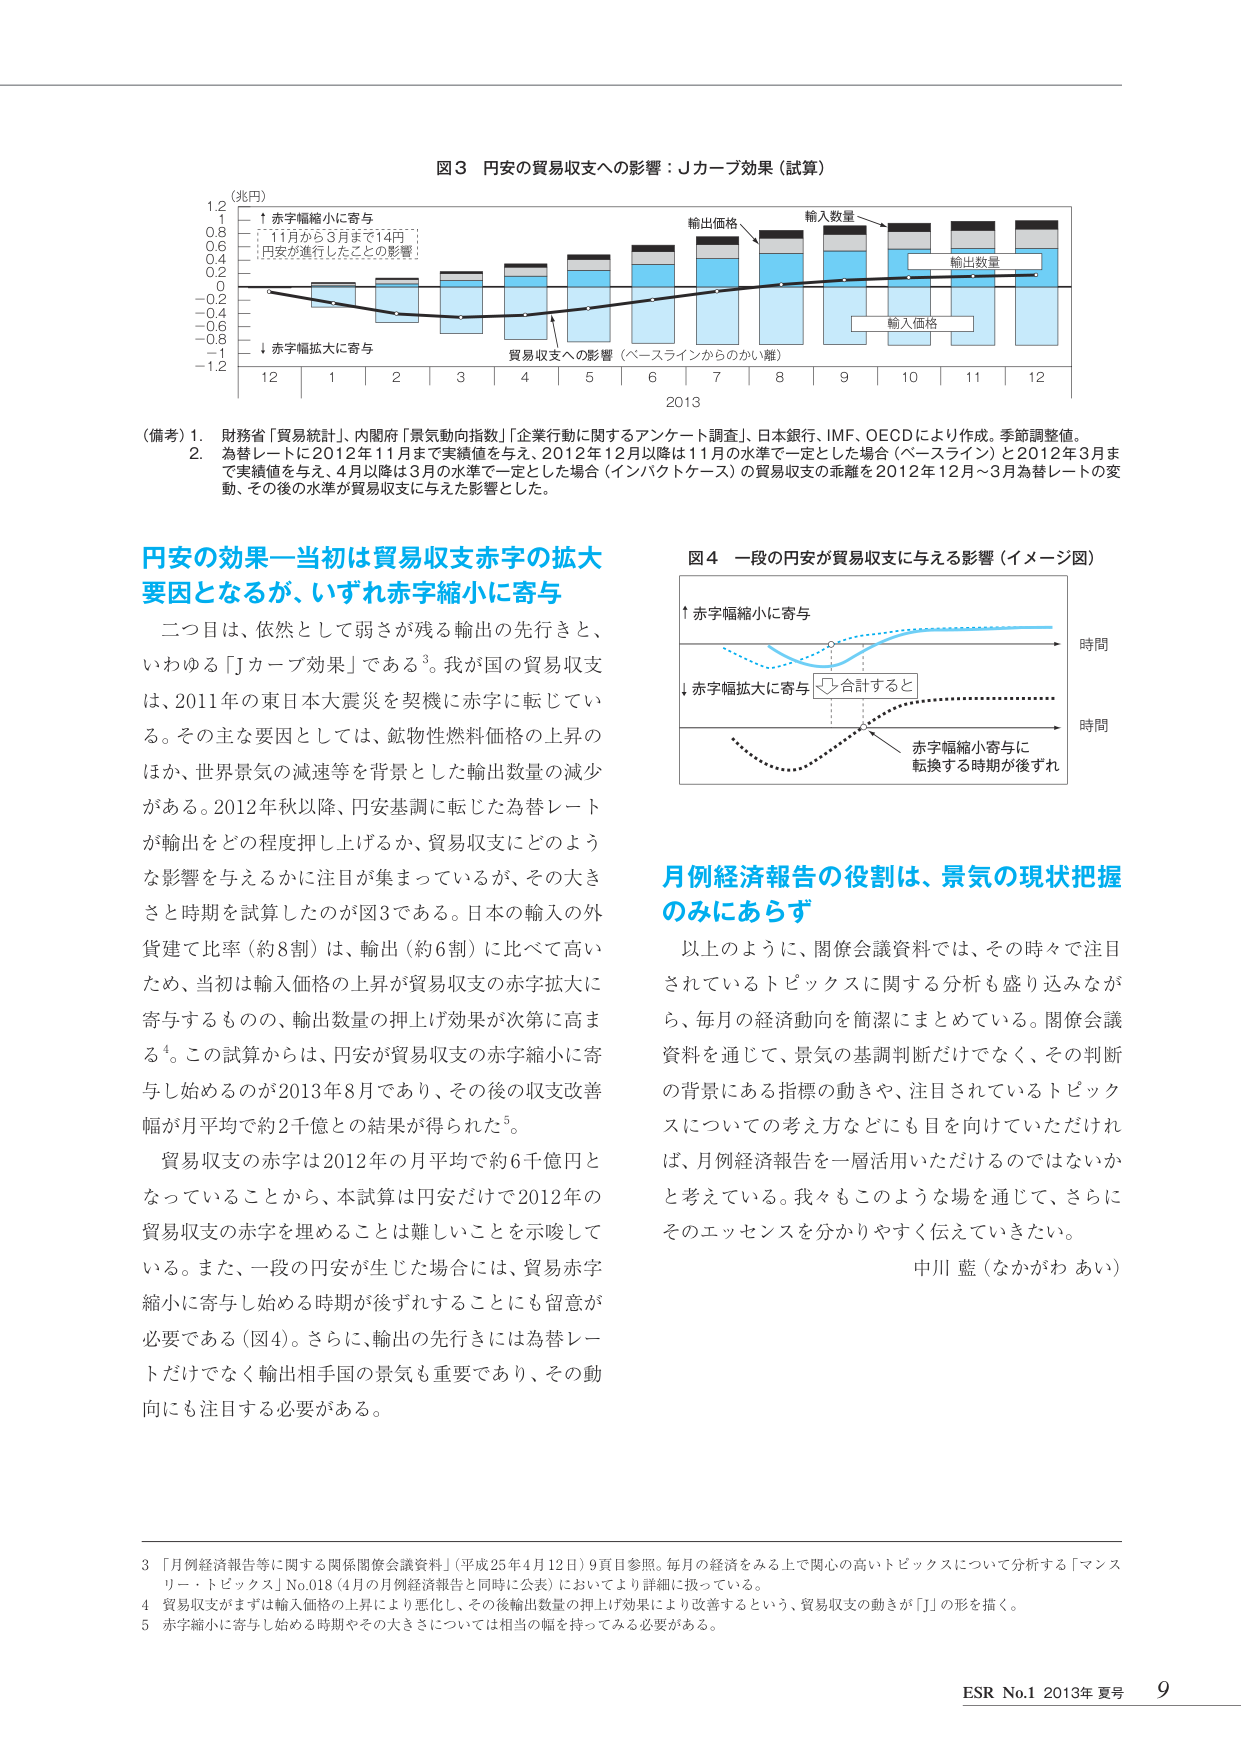
図3 円安の貿易収支への影響：Jカーブ効果（試算）

（兆円）
1.2
0.8
0.6
0.4
0.2
0
-0.2
-0.4
-0.6
-0.8
-1.2

↑ 赤字幅縮小に寄与
　　11月から3月まで14円
　　円安が進行したことの影響

↓ 赤字幅拡大に寄与

輸出価格
輸入数量
輸出数量
輸入価格

貿易収支への影響（ベースラインからのかい離）

12　1　2　3　4　5　6　7　8　9　10　11　12
2013

（備考）1. 財務省「貿易統計」、内閣府「景気動向指数」「企業行動に関するアンケート調査」、日本銀行、IMF、OECDにより作成。季節調整値。
　　　2. 為替レートに2012年11月まで実績値を与え、2012年12月以降は11月の水準で一定とした場合（ベースライン）と2012年3月まで実績値を与え、4月以降は3月の水準で一定とした場合（インパクトケース）の貿易収支の乖離を2012年12月～3月為替レートの変動、その後の水準が貿易収支に与えた影響とした。

円安の効果―当初は貿易収支赤字の拡大要因となるが、いずれ赤字縮小に寄与

二つ目は、依然として弱さが残る輸出の先行きと、いわゆる「Jカーブ効果」である³。我が国の貿易収支は、2011年の東日本大震災を契機に赤字に転じている。その主な要因としては、鉱物性燃料価格の上昇のほか、世界景気の減速等を背景とした輸出数量の減少がある。2012年秋以降、円安基調に転じた為替レートが輸出をどの程度押し上げるか、貿易収支にどのような影響を与えるかに注目が集まっているが、その大きさと時期を試算したのが図3である。日本の輸入の外貨建て比率（約8割）は、輸出（約6割）に比べて高いため、当初は輸入価格の上昇が貿易収支の赤字拡大に寄与するものの、輸出数量の押し上げ効果が次第に高まる⁴。この試算からは、円安が貿易収支の赤字縮小に寄与し始めるのが2013年8月であり、その後の収支改善幅が月平均で約2千億との結果が得られた⁵。

貿易収支の赤字は2012年の月平均で約6千億円となっていることから、本試算は円安だけで2012年の貿易収支の赤字を埋めることは難しいことを示唆している。また、一段の円安が生じた場合には、貿易赤字縮小に寄与し始める時期が後ずれすることにも留意が必要である（図4）。さらに、輸出の先行きには為替レートだけでなく輸出相手国の景気も重要であり、その動向にも注目する必要がある。

図4 一段の円安が貿易収支に与える影響（イメージ図）

↑ 赤字幅縮小に寄与
↓ 赤字幅拡大に寄与
　　合計すると
　　赤字幅縮小寄与に転換する時期が後ずれ

時間
時間

月例経済報告の役割は、景気の現状把握のみにあらず

以上のように、関係会議資料では、その時々で注目されているトピックスに関する分析も盛り込みながら、毎月の経済動向を簡潔にまとめている。関係会議資料を通じて、景気の基調判断だけでなく、その判断の背景にある指標の動きや、注目されているトピックスについての考え方などにも目を向けていただければ、月例経済報告を一層活用いただけるのではないかと考えている。我々もこのような場を通じて、さらにそのエッセンスを分かりやすく伝えていきたい。

中川 藍（なかがわ あい）

3 「月例経済報告等に関する関係関係会議資料」（平成25年4月12日）9頁目参照。毎月の経済をみる上で関心の高いトピックスについて分析する「マンスリー・トピックス」No.018（4月の月例経済報告と同時に公表）においてより詳細に扱っている。
4 貿易収支がまずは輸入価格の上昇により悪化し、その後輸出数量の押し上げ効果により改善するという、貿易収支の動きが「J」の形を描く。
5 赤字縮小に寄与し始める時期やその大きさについては相当の幅を持ってみる必要がある。

ESR No.1 2013年 夏号 9